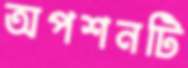
অপশনটি